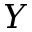
Y